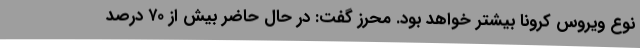
نوع ویروس کرونا بیشتر خواهد بود. محرز گفت: در حال حاضر بیش از ۷۰ درصد